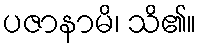
ပဇာနာမိ၊ သိ၏။